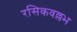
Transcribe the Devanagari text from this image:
रसिकवल्लभ